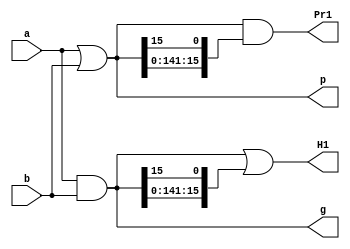
// Using Ling recursion

// 16-bit Modulo adder 
//--------------------------------------------------------------------------------------

// Stage 1
module L16_stage_1(a, b, g, p, H1, Pr1);
    
    input [15:0]a;
    input [15:0]b;
    output [15:0]g;
    output [15:0]p;
    output [15:0]H1;  //Ling-carry
    output [15:0]Pr1; // Group propagate
    
    assign g[15:0] = a[15:0] & b[15:0] ;
    assign p[15:0] = a[15:0] | b[15:0] ;
    
    assign H1[15:0] = g[15:0] | {g[14:0],g[15]} ;
    assign Pr1[15:0] = p[15:0] & {p[14:0],p[15]} ;
    
endmodule


// Stage 2
module L16_stage_2(H1, Pr1, H2, Pr2);
    
    input [15:0]H1;
    input [15:0]Pr1;
    output [15:0]H2;
    output [15:0]Pr2;
    
    assign H2[15:0] = H1[15:0] | {Pr1[14:0],Pr1[15]} & {H1[13:0],H1[15:14]} ;
    assign Pr2[15:0] = Pr1[15:0] & {Pr1[13:0],Pr1[15:14]};
    
endmodule



// Stage 3
module L16_stage_3(H2, Pr2, H3, Pr3);
    
    input [15:0]H2;
    input [15:0]Pr2;
    output [15:0]H3;
    output [15:0]Pr3;

    
    assign H3[15:0] = H2[15:0] | {Pr2[14:0],Pr2[15]} & {H2[11:0],H2[15:12]} ;
    assign Pr3[15:0] = Pr2[15:0] & {Pr2[11:0],Pr2[15:12]} ;
    
endmodule



// Stage 4
module L16_stage_4(H3, Pr3, H4);
    
    input [15:0]H3;
    input [15:0]Pr3;
    output [15:0]H4;

    
    assign H4[15:0] = H3[15:0] | {Pr3[14:0],Pr3[15]} & {H3[7:0],H3[15:8]} ;
    
endmodule



// Stage 5
module L16_adder(a, b, sum);

    input [15:0]a;
    input [15:0]b;
    output [15:0]sum;
    
    wire [15:0]g;
    wire [15:0]p;
    wire [15:0]H1;
    wire [15:0]Pr1;
    wire [15:0]H2;
    wire [15:0]Pr2;
    wire [15:0]H3;
    wire [15:0]Pr3;
    wire [15:0]H4;

    L16_stage_1 CUT1(a, b, g, p, H1, Pr1);
    L16_stage_2 CUT2(H1, Pr1, H2, Pr2);
    L16_stage_3 CUT3(H2, Pr2, H3, Pr3);
    L16_stage_4 CUT4(H3, Pr3, H4);
    
    assign sum[15:0] = ~{H4[14:0],H4[15]} & (a[15:0]^b[15:0]) | {H4[14:0],H4[15]} & (a[15:0]^b[15:0]^{p[14:0],p[15]});

endmodule









// 16-bit Modulo adder 4x4
//--------------------------------------------------------------------------------------

// Stage 1
module L4x4_stage_1(a, b, g, p, x);
    
    input [15:0]a;
    input [15:0]b;
    output [15:0]g;
    output [15:0]p;
    output [15:0]x;
    
    assign g[15:0] = a[15:0] & b[15:0] ;
    assign p[15:0] = a[15:0] | b[15:0] ;
    assign x[15:0] = a[15:0] ^ b[15:0] ;

    
endmodule



module L4x4_stage_2(g, p, H1, Pr1);

    input [15:0]g;
    input [15:0]p;    
    output [15:0]H1;
    output [15:0]Pr1;

    assign H1[15:0] =   g[15:0] | 
                        {g[14:0],g[15]} |
                        {p[14:0],p[15]} & {g[13:0],g[15:14]} |
                        {p[14:0],p[15]} & {p[13:0],p[15:14]} & {g[12:0],g[15:13]};
    
    
    assign Pr1[15:0] =  p[15:0] & 
                        {p[14:0],p[15]} &
                        {p[13:0],p[15:14]} &
                        {p[12:0],p[15:13]} ;

    
endmodule

// Stage 2
module L4x4_stage_3(H1, Pr1, H2);
    
    input [15:0]H1;
    input [15:0]Pr1;
    output [15:0]H2;

    
    assign H2[15:0] =   H1[15:0] | 
                        {Pr1[14:0],Pr1[15]} & {H1[11:0],H1[15:12]} |
                        {Pr1[14:0],Pr1[15]} & {Pr1[10:0],Pr1[15:11]} & {H1[7:0],H1[15:8]} |
                        {Pr1[14:0],Pr1[15]} & {Pr1[10:0],Pr1[15:11]} & {Pr1[6:0],Pr1[15:7]} & {H1[3:0],H1[15:4]};

    
endmodule



// Stage 3
module L4x4_adder(a, b, sum);

    input [15:0]a;
    input [15:0]b;
    output [15:0]sum;
    
    wire [15:0]g;
    wire [15:0]p;
    wire [15:0]x;
    wire [15:0]H1;
    wire [15:0]Pr1;
    wire [15:0]H2;


    L4x4_stage_1 CUT1(a, b, g, p, x);
    L4x4_stage_2 CUT2(g, p, H1, Pr1);
    L4x4_stage_3 CUT3(H1, Pr1, H2);

    
    assign sum[15:0] = ~{H2[14:0],H2[15]} & x[15:0] | {H2[14:0],H2[15]} & (x[15:0]^{p[14:0],p[15]}) ;

endmodule